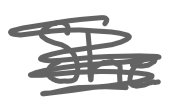
Text: She
Cross-out: scratch
Writing tool: digital_gray